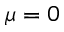
\mu = 0